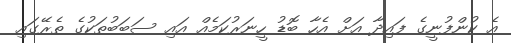
އެ ކުންފުނީގެ ފައިދާ އަށް އެހާ ބޮޑު ހީނަރުކަމެއް އައި ސަބަބުތަކުގެ ތެރޭގައި